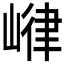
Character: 𱛼